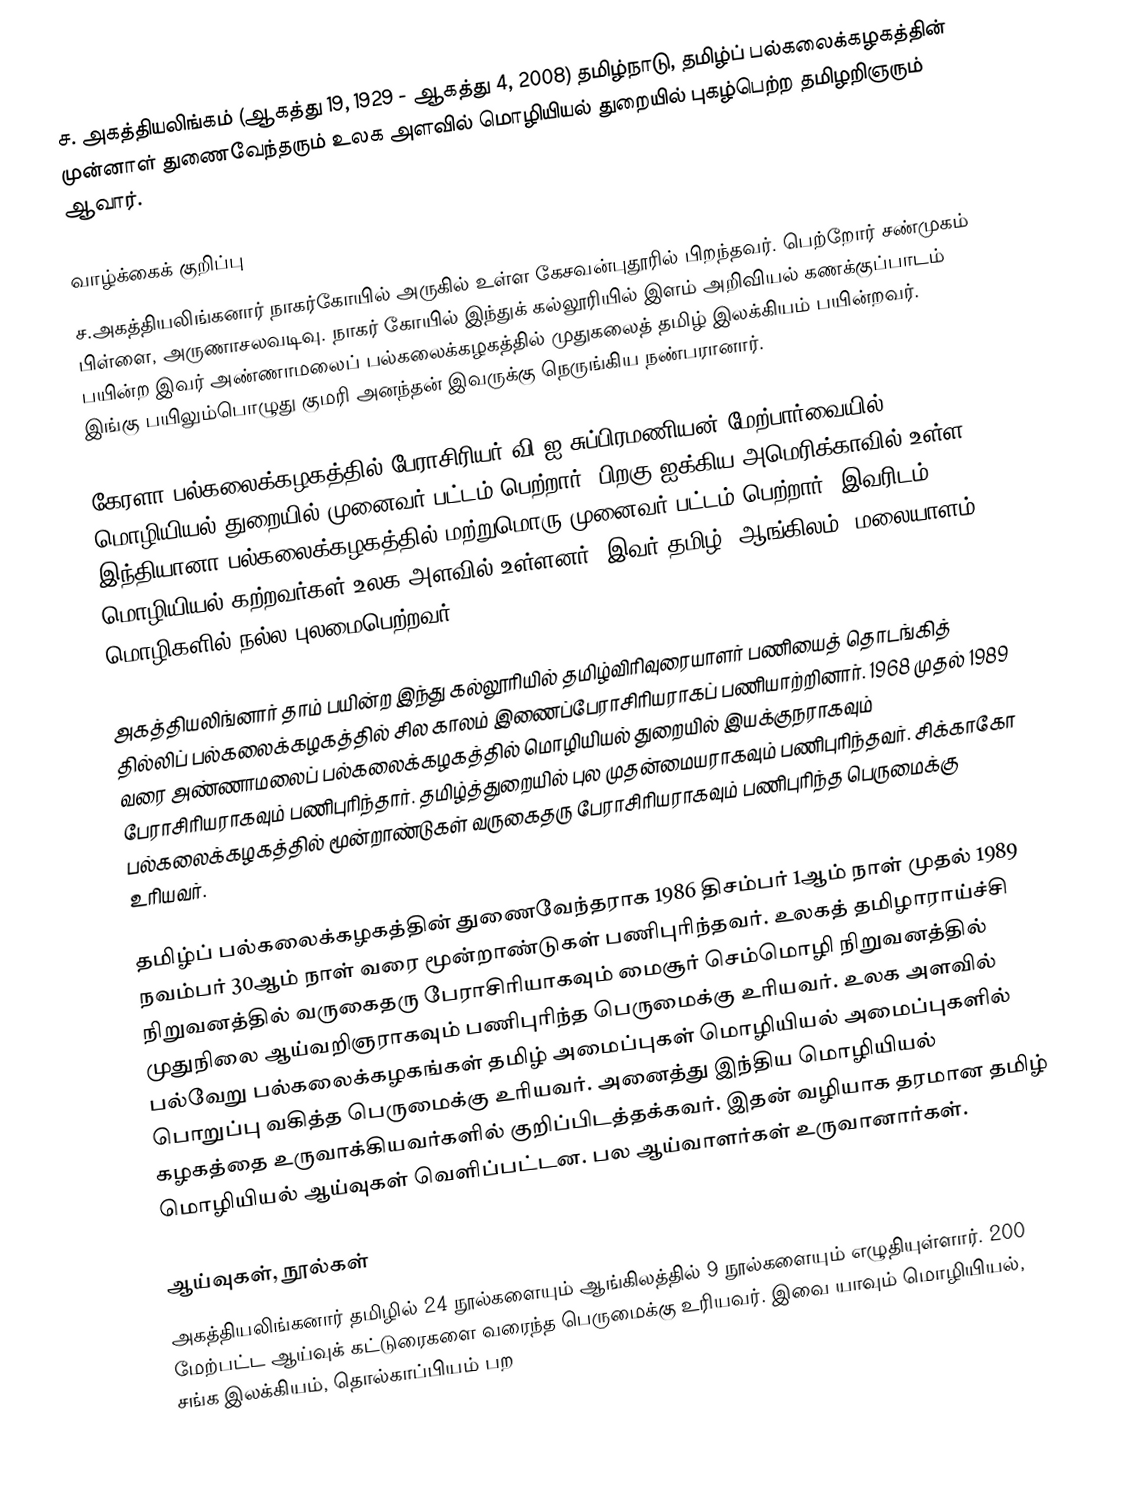
ச. அகத்தியலிங்கம் (ஆகத்து 19, 1929 - ஆகத்து 4, 2008) தமிழ்நாடு, தமிழ்ப் பல்கலைக்கழகத்தின் முன்னாள் துணைவேந்தரும் உலக அளவில் மொழியியல் துறையில் புகழ்பெற்ற தமிழறிஞரும் ஆவார்.

வாழ்க்கைக் குறிப்பு
ச.அகத்தியலிங்கனார் நாகர்கோயில் அருகில் உள்ள கேசவன்புதூரில் பிறந்தவர். பெற்றோர் சண்முகம் பிள்ளை, அருணாசலவடிவு. நாகர் கோயில் இந்துக் கல்லூரியில் இளம் அறிவியல் கணக்குப்பாடம் பயின்ற இவர் அண்ணாமலைப் பல்கலைக்கழகத்தில் முதுகலைத் தமிழ் இலக்கியம் பயின்றவர். இங்கு பயிலும்பொழுது குமரி அனந்தன் இவருக்கு நெருங்கிய நண்பரானார்.

கேரளா பல்கலைக்கழகத்தில் பேராசிரியர் வி.ஐ.சுப்பிரமணியன் மேற்பார்வையில் மொழியியல் துறையில் முனைவர் பட்டம் பெற்றார். பிறகு ஐக்கிய அமெரிக்காவில் உள்ள இந்தியானா பல்கலைக்கழகத்தில் மற்றுமொரு முனைவர் பட்டம் பெற்றார். இவரிடம் மொழியியல் கற்றவர்கள் உலக அளவில் உள்ளனர். இவர் தமிழ், ஆங்கிலம், மலையாளம் மொழிகளில் நல்ல புலமைபெற்றவர்.

அகத்தியலிங்னார் தாம் பயின்ற இந்து கல்லூரியில் தமிழ்விரிவுரையாளர் பணியைத் தொடங்கித் தில்லிப் பல்கலைக்கழகத்தில் சில காலம் இணைப்பேராசிரியராகப் பணியாற்றினார். 1968 முதல் 1989 வரை அண்ணாமலைப் பல்கலைக்கழகத்தில் மொழியியல் துறையில் இயக்குநராகவும் பேராசிரியராகவும் பணிபுரிந்தார். தமிழ்த்துறையில் புல முதன்மையராகவும் பணிபுரிந்தவர். சிக்காகோ பல்கலைக்கழகத்தில் மூன்றாண்டுகள் வருகைதரு பேராசிரியராகவும் பணிபுரிந்த பெருமைக்கு உரியவர்.

தமிழ்ப் பல்கலைக்கழகத்தின் துணைவேந்தராக 1986 திசம்பர் 1ஆம் நாள் முதல் 1989 நவம்பர் 30ஆம் நாள் வரை மூன்றாண்டுகள் பணிபுரிந்தவர். உலகத் தமிழாராய்ச்சி நிறுவனத்தில் வருகைதரு பேராசிரியாகவும் மைசூர் செம்மொழி நிறுவனத்தில் முதுநிலை ஆய்வறிஞராகவும் பணிபுரிந்த பெருமைக்கு உரியவர். உலக அளவில் பல்வேறு பல்கலைக்கழகங்கள் தமிழ் அமைப்புகள் மொழியியல் அமைப்புகளில் பொறுப்பு வகித்த பெருமைக்கு உரியவர். அனைத்து இந்திய மொழியியல் கழகத்தை உருவாக்கியவர்களில் குறிப்பிடத்தக்கவர். இதன் வழியாக தரமான தமிழ் மொழியியல் ஆய்வுகள் வெளிப்பட்டன. பல ஆய்வாளர்கள் உருவானார்கள்.

ஆய்வுகள், நூல்கள்
அகத்தியலிங்கனார் தமிழில் 24 நூல்களையும் ஆங்கிலத்தில் 9 நூல்களையும் எழுதியுள்ளார். 200 மேற்பட்ட ஆய்வுக் கட்டுரைகளை வரைந்த பெருமைக்கு உரியவர். இவை யாவும் மொழியியல், சங்க இலக்கியம், தொல்காப்பியம் பற